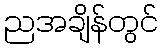
ညအချိန်တွင်